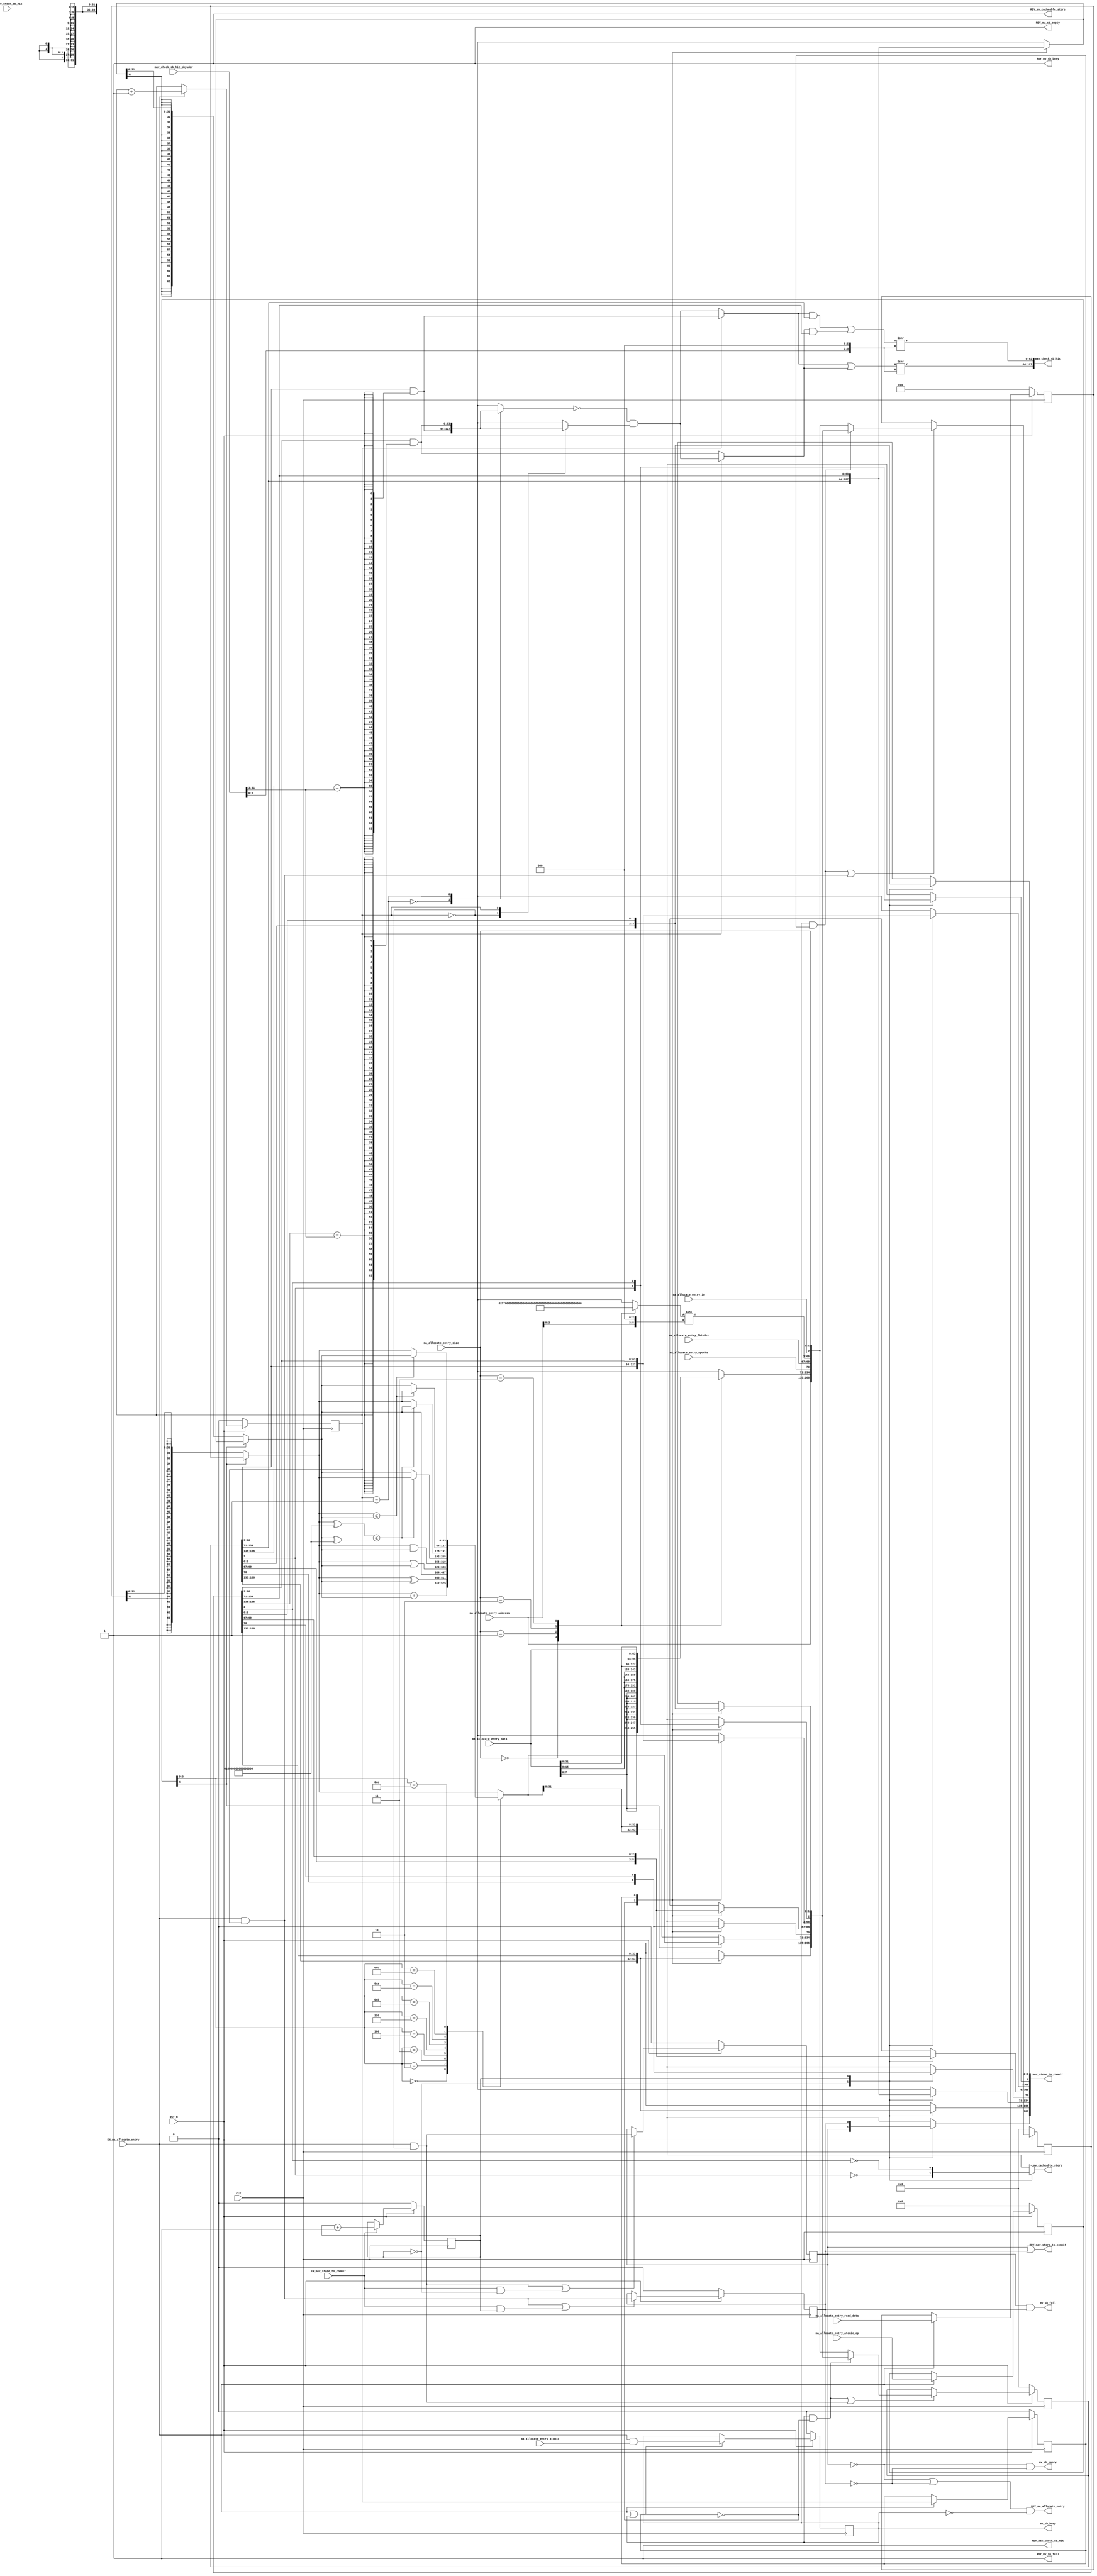
//
// Generated by Bluespec Compiler, version 2022.01-5-ge3edf4b1 (build e3edf4b1)
//
// On Fri Apr 15 12:47:25 EDT 2022
//
//
// Ports:
// Name                         I/O  size props
// mav_check_sb_hit               O   128
// RDY_mav_check_sb_hit           O     1 const
// RDY_ma_allocate_entry          O     1
// mav_store_to_commit            O   168
// RDY_mav_store_to_commit        O     1
// mv_sb_full                     O     1
// RDY_mv_sb_full                 O     1 const
// mv_sb_empty                    O     1
// RDY_mv_sb_empty                O     1 const
// mv_cacheable_store             O     1
// RDY_mv_cacheable_store         O     1 const
// mv_sb_busy                     O     1 reg
// RDY_mv_sb_busy                 O     1 const
// CLK                            I     1 clock
// RST_N                          I     1 reset
// mav_check_sb_hit_phyaddr       I    32
// ma_allocate_entry_address      I    32
// ma_allocate_entry_data         I    64
// ma_allocate_entry_epochs       I     1
// ma_allocate_entry_fbindex      I     3
// ma_allocate_entry_size         I     2
// ma_allocate_entry_io           I     1
// ma_allocate_entry_atomic       I     1
// ma_allocate_entry_read_data    I    64 reg
// ma_allocate_entry_atomic_op    I     5 reg
// EN_ma_allocate_entry           I     1
// EN_mav_check_sb_hit            I     1 unused
// EN_mav_store_to_commit         I     1
//
// Combinational paths from inputs to outputs:
//   mav_check_sb_hit_phyaddr -> mav_check_sb_hit
//
//

`ifdef BSV_ASSIGNMENT_DELAY
`else
  `define BSV_ASSIGNMENT_DELAY
`endif

`ifdef BSV_POSITIVE_RESET
  `define BSV_RESET_VALUE 1'b1
  `define BSV_RESET_EDGE posedge
`else
  `define BSV_RESET_VALUE 1'b0
  `define BSV_RESET_EDGE negedge
`endif

module mkstorebuffer(CLK,
		     RST_N,

		     mav_check_sb_hit_phyaddr,
		     EN_mav_check_sb_hit,
		     mav_check_sb_hit,
		     RDY_mav_check_sb_hit,

		     ma_allocate_entry_address,
		     ma_allocate_entry_data,
		     ma_allocate_entry_epochs,
		     ma_allocate_entry_fbindex,
		     ma_allocate_entry_size,
		     ma_allocate_entry_io,
		     ma_allocate_entry_atomic,
		     ma_allocate_entry_read_data,
		     ma_allocate_entry_atomic_op,
		     EN_ma_allocate_entry,
		     RDY_ma_allocate_entry,

		     EN_mav_store_to_commit,
		     mav_store_to_commit,
		     RDY_mav_store_to_commit,

		     mv_sb_full,
		     RDY_mv_sb_full,

		     mv_sb_empty,
		     RDY_mv_sb_empty,

		     mv_cacheable_store,
		     RDY_mv_cacheable_store,

		     mv_sb_busy,
		     RDY_mv_sb_busy);
  parameter [31 : 0] id = 32'b0;
  input  CLK;
  input  RST_N;

  // actionvalue method mav_check_sb_hit
  input  [31 : 0] mav_check_sb_hit_phyaddr;
  input  EN_mav_check_sb_hit;
  output [127 : 0] mav_check_sb_hit;
  output RDY_mav_check_sb_hit;

  // action method ma_allocate_entry
  input  [31 : 0] ma_allocate_entry_address;
  input  [63 : 0] ma_allocate_entry_data;
  input  ma_allocate_entry_epochs;
  input  [2 : 0] ma_allocate_entry_fbindex;
  input  [1 : 0] ma_allocate_entry_size;
  input  ma_allocate_entry_io;
  input  ma_allocate_entry_atomic;
  input  [63 : 0] ma_allocate_entry_read_data;
  input  [4 : 0] ma_allocate_entry_atomic_op;
  input  EN_ma_allocate_entry;
  output RDY_ma_allocate_entry;

  // actionvalue method mav_store_to_commit
  input  EN_mav_store_to_commit;
  output [167 : 0] mav_store_to_commit;
  output RDY_mav_store_to_commit;

  // value method mv_sb_full
  output mv_sb_full;
  output RDY_mv_sb_full;

  // value method mv_sb_empty
  output mv_sb_empty;
  output RDY_mv_sb_empty;

  // value method mv_cacheable_store
  output mv_cacheable_store;
  output RDY_mv_cacheable_store;

  // value method mv_sb_busy
  output mv_sb_busy;
  output RDY_mv_sb_busy;

  // signals for module outputs
  reg mv_cacheable_store;
  wire [167 : 0] mav_store_to_commit;
  wire [127 : 0] mav_check_sb_hit;
  wire RDY_ma_allocate_entry,
       RDY_mav_check_sb_hit,
       RDY_mav_store_to_commit,
       RDY_mv_cacheable_store,
       RDY_mv_sb_busy,
       RDY_mv_sb_empty,
       RDY_mv_sb_full,
       mv_sb_busy,
       mv_sb_empty,
       mv_sb_full;

  // register rg_atomic_op
  reg [4 : 0] rg_atomic_op;
  wire [4 : 0] rg_atomic_op_D_IN;
  wire rg_atomic_op_EN;

  // register rg_atomic_readword
  reg [63 : 0] rg_atomic_readword;
  wire [63 : 0] rg_atomic_readword_D_IN;
  wire rg_atomic_readword_EN;

  // register rg_atomic_tail
  reg rg_atomic_tail;
  wire rg_atomic_tail_D_IN, rg_atomic_tail_EN;

  // register rg_head
  reg rg_head;
  wire rg_head_D_IN, rg_head_EN;

  // register rg_sb_busy
  reg rg_sb_busy;
  wire rg_sb_busy_D_IN, rg_sb_busy_EN;

  // register rg_tail
  reg rg_tail;
  wire rg_tail_D_IN, rg_tail_EN;

  // register v_sb_meta_0
  reg [166 : 0] v_sb_meta_0;
  wire [166 : 0] v_sb_meta_0_D_IN;
  wire v_sb_meta_0_EN;

  // register v_sb_meta_1
  reg [166 : 0] v_sb_meta_1;
  wire [166 : 0] v_sb_meta_1_D_IN;
  wire v_sb_meta_1_EN;

  // register v_sb_valid_0
  reg v_sb_valid_0;
  wire v_sb_valid_0_D_IN, v_sb_valid_0_EN;

  // register v_sb_valid_1
  reg v_sb_valid_1;
  wire v_sb_valid_1_D_IN, v_sb_valid_1_EN;

  // rule scheduling signals
  wire CAN_FIRE_RL_rl_perform_atomic,
       CAN_FIRE_RL_rl_print_stats,
       CAN_FIRE_ma_allocate_entry,
       CAN_FIRE_mav_check_sb_hit,
       CAN_FIRE_mav_store_to_commit,
       WILL_FIRE_RL_rl_perform_atomic,
       WILL_FIRE_RL_rl_print_stats,
       WILL_FIRE_ma_allocate_entry,
       WILL_FIRE_mav_check_sb_hit,
       WILL_FIRE_mav_store_to_commit;

  // inputs to muxes for submodule ports
  wire [166 : 0] MUX_v_sb_meta_0_write_1__VAL_1,
		 MUX_v_sb_meta_0_write_1__VAL_2;
  wire MUX_v_sb_meta_0_write_1__SEL_1,
       MUX_v_sb_meta_0_write_1__SEL_2,
       MUX_v_sb_meta_1_write_1__SEL_1,
       MUX_v_sb_meta_1_write_1__SEL_2;

  // declarations used by system tasks
  // synopsys translate_off
  reg TASK_testplusargs___d99;
  reg TASK_testplusargs___d100;
  reg TASK_testplusargs___d101;
  reg [63 : 0] v__h2288;
  reg TASK_testplusargs___d108;
  reg TASK_testplusargs___d109;
  reg TASK_testplusargs___d110;
  reg [63 : 0] v__h2477;
  reg TASK_testplusargs___d1;
  reg TASK_testplusargs___d2;
  reg TASK_testplusargs___d3;
  reg [63 : 0] v__h591;
  reg TASK_testplusargs___d246;
  reg TASK_testplusargs___d247;
  reg TASK_testplusargs___d248;
  reg [63 : 0] v__h21249;
  reg TASK_testplusargs___d232;
  reg TASK_testplusargs___d233;
  reg TASK_testplusargs___d234;
  reg [63 : 0] v__h20870;
  reg TASK_testplusargs___d93;
  reg TASK_testplusargs___d94;
  reg TASK_testplusargs___d95;
  reg [63 : 0] v__h2115;
  reg TASK_testplusargs_9_OR_TASK_testplusargs_00_AN_ETC___d105;
  reg TASK_testplusargs_9_OR_TASK_testplusargs_00_AN_ETC___d107;
  reg TASK_testplusargs_08_OR_TASK_testplusargs_09_A_ETC___d114;
  reg TASK_testplusargs_08_OR_TASK_testplusargs_09_A_ETC___d116;
  reg TASK_testplusargs_32_OR_TASK_testplusargs_33_A_ETC___d238;
  reg TASK_testplusargs_32_OR_TASK_testplusargs_33_A_ETC___d240;
  reg TASK_testplusargs_46_OR_TASK_testplusargs_47_A_ETC___d254;
  reg TASK_testplusargs_46_OR_TASK_testplusargs_47_A_ETC___d262;
  // synopsys translate_on

  // remaining internal signals
  reg [63 : 0] IF_rg_atomic_op_4_BITS_3_TO_0_6_EQ_0b11_7_THEN_ETC___d65,
	       rs2__h1582,
	       temp__h18600,
	       x__h1997,
	       x__h20760,
	       x__h21391,
	       x__h21394,
	       x__h2774,
	       y__h2773;
  reg [31 : 0] SEL_ARR_v_sb_meta_0_8_BITS_166_TO_135_9_v_sb_m_ETC___d255,
	       _s_addr__h1232;
  reg [2 : 0] SEL_ARR_v_sb_meta_0_8_BITS_69_TO_67_3_v_sb_met_ETC___d258,
	      _s_fbindex__h1234;
  reg [1 : 0] SEL_ARR_v_sb_meta_0_8_BITS_1_TO_0_5_v_sb_meta__ETC___d260,
	      _s_size__h1237;
  reg CASE_rg_atomic_tail_0_v_sb_meta_0_BIT_2_1_v_sb_ETC__q3,
      CASE_rg_head_0_v_sb_meta_0_BIT_2_1_v_sb_meta_1_ETC__q4,
      CASE_rg_head_0_v_sb_valid_0_1_v_sb_valid_1_DON_ETC__q5,
      SEL_ARR_NOT_v_sb_meta_0_8_BIT_2_1_06_NOT_v_sb__ETC___d253,
      SEL_ARR_v_sb_meta_0_8_BIT_70_9_v_sb_meta_1_0_B_ETC___d257,
      _s_epoch__h1233;
  wire [69 : 0] SEL_ARR_v_sb_meta_0_8_BITS_69_TO_67_3_v_sb_met_ETC___d267;
  wire [66 : 0] SEL_ARR_v_sb_meta_0_8_BITS_66_TO_3_7_v_sb_meta_ETC___d89;
  wire [63 : 0] _theResult____h1094,
		n__h2624,
		op1___1__h1644,
		op1__h1585,
		op2___1__h1645,
		op2__h1586,
		v_sb_meta_0_8_BITS_66_TO_3_7_AND_v_sb_meta_0_8_ETC___d152,
		v_sb_meta_1_0_BITS_66_TO_3_8_AND_v_sb_meta_1_0_ETC___d187,
		x__h18222,
		x__h18286,
		x__h18287,
		x__h18481,
		x__h20686,
		x__h2182,
		x__h2615,
		x__h2772,
		y__h18223,
		y__h18482;
  wire [31 : 0] rg_atomic_readword_BITS_31_TO_0__q1, rs2582_BITS_31_TO_0__q2;
  wire [5 : 0] shiftamt__h18599, shiftamt__h2192;
  wire IF_rg_atomic_op_4_BIT_4_5_THEN_rg_atomic_readw_ETC___d48,
       IF_rg_atomic_op_4_BIT_4_5_THEN_rg_atomic_readw_ETC___d53,
       v_sb_meta_0_8_BITS_166_TO_138_17_EQ_mav_check__ETC___d119,
       v_sb_meta_1_0_BITS_166_TO_138_53_EQ_mav_check__ETC___d154,
       x__h2776;

  // actionvalue method mav_check_sb_hit
  assign mav_check_sb_hit = { x__h2182, x__h18286 } ;
  assign RDY_mav_check_sb_hit = 1'd1 ;
  assign CAN_FIRE_mav_check_sb_hit = 1'd1 ;
  assign WILL_FIRE_mav_check_sb_hit = EN_mav_check_sb_hit ;

  // action method ma_allocate_entry
  assign RDY_ma_allocate_entry =
	     (!v_sb_valid_0 || !v_sb_valid_1) && !rg_sb_busy ;
  assign CAN_FIRE_ma_allocate_entry =
	     (!v_sb_valid_0 || !v_sb_valid_1) && !rg_sb_busy ;
  assign WILL_FIRE_ma_allocate_entry = EN_ma_allocate_entry ;

  // actionvalue method mav_store_to_commit
  assign mav_store_to_commit =
	     { CASE_rg_head_0_v_sb_valid_0_1_v_sb_valid_1_DON_ETC__q5,
	       SEL_ARR_v_sb_meta_0_8_BITS_166_TO_135_9_v_sb_m_ETC___d255,
	       x__h21391,
	       SEL_ARR_v_sb_meta_0_8_BIT_70_9_v_sb_meta_1_0_B_ETC___d257,
	       SEL_ARR_v_sb_meta_0_8_BITS_69_TO_67_3_v_sb_met_ETC___d267 } ;
  assign RDY_mav_store_to_commit = v_sb_valid_0 || v_sb_valid_1 ;
  assign CAN_FIRE_mav_store_to_commit = v_sb_valid_0 || v_sb_valid_1 ;
  assign WILL_FIRE_mav_store_to_commit = EN_mav_store_to_commit ;

  // value method mv_sb_full
  assign mv_sb_full = v_sb_valid_0 && v_sb_valid_1 ;
  assign RDY_mv_sb_full = 1'd1 ;

  // value method mv_sb_empty
  assign mv_sb_empty = !v_sb_valid_0 && !v_sb_valid_1 ;
  assign RDY_mv_sb_empty = 1'd1 ;

  // value method mv_cacheable_store
  always@(rg_head or v_sb_meta_0 or v_sb_meta_1)
  begin
    case (rg_head)
      1'd0: mv_cacheable_store = !v_sb_meta_0[2];
      1'd1: mv_cacheable_store = !v_sb_meta_1[2];
    endcase
  end
  assign RDY_mv_cacheable_store = 1'd1 ;

  // value method mv_sb_busy
  assign mv_sb_busy = rg_sb_busy ;
  assign RDY_mv_sb_busy = 1'd1 ;

  // rule RL_rl_print_stats
  assign CAN_FIRE_RL_rl_print_stats = 1'd1 ;
  assign WILL_FIRE_RL_rl_print_stats = 1'd1 ;

  // rule RL_rl_perform_atomic
  assign CAN_FIRE_RL_rl_perform_atomic = rg_sb_busy ;
  assign WILL_FIRE_RL_rl_perform_atomic = rg_sb_busy ;

  // inputs to muxes for submodule ports
  assign MUX_v_sb_meta_0_write_1__SEL_1 =
	     rg_sb_busy && rg_atomic_tail == 1'd0 ;
  assign MUX_v_sb_meta_0_write_1__SEL_2 =
	     EN_ma_allocate_entry && rg_tail == 1'd0 ;
  assign MUX_v_sb_meta_1_write_1__SEL_1 =
	     rg_sb_busy && rg_atomic_tail == 1'd1 ;
  assign MUX_v_sb_meta_1_write_1__SEL_2 =
	     EN_ma_allocate_entry && rg_tail == 1'd1 ;
  assign MUX_v_sb_meta_0_write_1__VAL_1 =
	     { _s_addr__h1232,
	       _theResult____h1094,
	       _s_epoch__h1233,
	       _s_fbindex__h1234,
	       SEL_ARR_v_sb_meta_0_8_BITS_66_TO_3_7_v_sb_meta_ETC___d89 } ;
  assign MUX_v_sb_meta_0_write_1__VAL_2 =
	     { ma_allocate_entry_address,
	       x__h20760,
	       ma_allocate_entry_epochs,
	       ma_allocate_entry_fbindex,
	       x__h20686,
	       ma_allocate_entry_io,
	       ma_allocate_entry_size } ;

  // register rg_atomic_op
  assign rg_atomic_op_D_IN = ma_allocate_entry_atomic_op ;
  assign rg_atomic_op_EN = EN_ma_allocate_entry ;

  // register rg_atomic_readword
  assign rg_atomic_readword_D_IN = ma_allocate_entry_read_data ;
  assign rg_atomic_readword_EN = EN_ma_allocate_entry ;

  // register rg_atomic_tail
  assign rg_atomic_tail_D_IN = rg_tail ;
  assign rg_atomic_tail_EN = EN_ma_allocate_entry ;

  // register rg_head
  assign rg_head_D_IN = rg_head + 1'd1 ;
  assign rg_head_EN = EN_mav_store_to_commit ;

  // register rg_sb_busy
  assign rg_sb_busy_D_IN = EN_ma_allocate_entry && ma_allocate_entry_atomic ;
  assign rg_sb_busy_EN = EN_ma_allocate_entry || rg_sb_busy ;

  // register rg_tail
  assign rg_tail_D_IN = rg_tail + 1'd1 ;
  assign rg_tail_EN = EN_ma_allocate_entry ;

  // register v_sb_meta_0
  assign v_sb_meta_0_D_IN =
	     MUX_v_sb_meta_0_write_1__SEL_1 ?
	       MUX_v_sb_meta_0_write_1__VAL_1 :
	       MUX_v_sb_meta_0_write_1__VAL_2 ;
  assign v_sb_meta_0_EN =
	     rg_sb_busy && rg_atomic_tail == 1'd0 ||
	     EN_ma_allocate_entry && rg_tail == 1'd0 ;

  // register v_sb_meta_1
  assign v_sb_meta_1_D_IN =
	     MUX_v_sb_meta_1_write_1__SEL_1 ?
	       MUX_v_sb_meta_0_write_1__VAL_1 :
	       MUX_v_sb_meta_0_write_1__VAL_2 ;
  assign v_sb_meta_1_EN =
	     rg_sb_busy && rg_atomic_tail == 1'd1 ||
	     EN_ma_allocate_entry && rg_tail == 1'd1 ;

  // register v_sb_valid_0
  assign v_sb_valid_0_D_IN = MUX_v_sb_meta_0_write_1__SEL_2 ;
  assign v_sb_valid_0_EN =
	     EN_ma_allocate_entry && rg_tail == 1'd0 ||
	     EN_mav_store_to_commit && rg_head == 1'd0 ;

  // register v_sb_valid_1
  assign v_sb_valid_1_D_IN = MUX_v_sb_meta_1_write_1__SEL_2 ;
  assign v_sb_valid_1_EN =
	     EN_ma_allocate_entry && rg_tail == 1'd1 ||
	     EN_mav_store_to_commit && rg_head == 1'd1 ;

  // remaining internal signals
  assign IF_rg_atomic_op_4_BIT_4_5_THEN_rg_atomic_readw_ETC___d48 =
	     op1__h1585 <= op2__h1586 ;
  assign IF_rg_atomic_op_4_BIT_4_5_THEN_rg_atomic_readw_ETC___d53 =
	     (op1__h1585 ^ 64'h8000000000000000) <=
	     (op2__h1586 ^ 64'h8000000000000000) ;
  assign SEL_ARR_v_sb_meta_0_8_BITS_66_TO_3_7_v_sb_meta_ETC___d89 =
	     { x__h1997,
	       CASE_rg_atomic_tail_0_v_sb_meta_0_BIT_2_1_v_sb_ETC__q3,
	       _s_size__h1237 } ;
  assign SEL_ARR_v_sb_meta_0_8_BITS_69_TO_67_3_v_sb_met_ETC___d267 =
	     { SEL_ARR_v_sb_meta_0_8_BITS_69_TO_67_3_v_sb_met_ETC___d258,
	       x__h21394,
	       CASE_rg_head_0_v_sb_meta_0_BIT_2_1_v_sb_meta_1_ETC__q4,
	       SEL_ARR_v_sb_meta_0_8_BITS_1_TO_0_5_v_sb_meta__ETC___d260 } ;
  assign _theResult____h1094 =
	     rg_atomic_op[4] ?
	       IF_rg_atomic_op_4_BITS_3_TO_0_6_EQ_0b11_7_THEN_ETC___d65 :
	       {2{IF_rg_atomic_op_4_BITS_3_TO_0_6_EQ_0b11_7_THEN_ETC___d65[31:0]}} ;
  assign n__h2624 = x__h2772 & y__h2773 ;
  assign op1___1__h1644 =
	     { {32{rg_atomic_readword_BITS_31_TO_0__q1[31]}},
	       rg_atomic_readword_BITS_31_TO_0__q1 } ;
  assign op1__h1585 = rg_atomic_op[4] ? rg_atomic_readword : op1___1__h1644 ;
  assign op2___1__h1645 =
	     { {32{rs2582_BITS_31_TO_0__q2[31]}}, rs2582_BITS_31_TO_0__q2 } ;
  assign op2__h1586 = rg_atomic_op[4] ? rs2__h1582 : op2___1__h1645 ;
  assign rg_atomic_readword_BITS_31_TO_0__q1 = rg_atomic_readword[31:0] ;
  assign rs2582_BITS_31_TO_0__q2 = rs2__h1582[31:0] ;
  assign shiftamt__h18599 = { ma_allocate_entry_address[2:0], 3'd0 } ;
  assign shiftamt__h2192 = { mav_check_sb_hit_phyaddr[2:0], 3'd0 } ;
  assign v_sb_meta_0_8_BITS_166_TO_138_17_EQ_mav_check__ETC___d119 =
	     v_sb_meta_0[166:138] == mav_check_sb_hit_phyaddr[31:3] ;
  assign v_sb_meta_0_8_BITS_66_TO_3_7_AND_v_sb_meta_0_8_ETC___d152 =
	     v_sb_meta_0[66:3] &
	     {64{v_sb_meta_0_8_BITS_166_TO_138_17_EQ_mav_check__ETC___d119}} ;
  assign v_sb_meta_1_0_BITS_166_TO_138_53_EQ_mav_check__ETC___d154 =
	     v_sb_meta_1[166:138] == mav_check_sb_hit_phyaddr[31:3] ;
  assign v_sb_meta_1_0_BITS_66_TO_3_8_AND_v_sb_meta_1_0_ETC___d187 =
	     v_sb_meta_1[66:3] &
	     {64{v_sb_meta_1_0_BITS_166_TO_138_53_EQ_mav_check__ETC___d154}} ;
  assign x__h18222 =
	     rg_tail ?
	       v_sb_meta_0_8_BITS_66_TO_3_7_AND_v_sb_meta_0_8_ETC___d152 :
	       n__h2624 ;
  assign x__h18286 = x__h18287 >> shiftamt__h2192 ;
  assign x__h18287 = x__h18481 | y__h18482 ;
  assign x__h18481 = x__h18222 & v_sb_meta_0[134:71] ;
  assign x__h20686 = temp__h18600 << shiftamt__h18599 ;
  assign x__h2182 = x__h2615 >> shiftamt__h2192 ;
  assign x__h2615 = x__h18222 | y__h18223 ;
  assign x__h2772 = ~x__h2774 ;
  assign x__h2776 = rg_tail - 1'd1 ;
  assign y__h18223 =
	     rg_tail ?
	       n__h2624 :
	       v_sb_meta_1_0_BITS_66_TO_3_8_AND_v_sb_meta_1_0_ETC___d187 ;
  assign y__h18482 = y__h18223 & v_sb_meta_1[134:71] ;
  always@(ma_allocate_entry_size or ma_allocate_entry_data)
  begin
    case (ma_allocate_entry_size)
      2'd0: x__h20760 = {8{ma_allocate_entry_data[7:0]}};
      2'd1: x__h20760 = {4{ma_allocate_entry_data[15:0]}};
      2'd2: x__h20760 = {2{ma_allocate_entry_data[31:0]}};
      2'd3: x__h20760 = ma_allocate_entry_data;
    endcase
  end
  always@(rg_head or v_sb_meta_0 or v_sb_meta_1)
  begin
    case (rg_head)
      1'd0: x__h21391 = v_sb_meta_0[134:71];
      1'd1: x__h21391 = v_sb_meta_1[134:71];
    endcase
  end
  always@(rg_head or v_sb_meta_0 or v_sb_meta_1)
  begin
    case (rg_head)
      1'd0: x__h21394 = v_sb_meta_0[66:3];
      1'd1: x__h21394 = v_sb_meta_1[66:3];
    endcase
  end
  always@(rg_atomic_tail or v_sb_meta_0 or v_sb_meta_1)
  begin
    case (rg_atomic_tail)
      1'd0: _s_addr__h1232 = v_sb_meta_0[166:135];
      1'd1: _s_addr__h1232 = v_sb_meta_1[166:135];
    endcase
  end
  always@(rg_atomic_tail or v_sb_meta_0 or v_sb_meta_1)
  begin
    case (rg_atomic_tail)
      1'd0: _s_epoch__h1233 = v_sb_meta_0[70];
      1'd1: _s_epoch__h1233 = v_sb_meta_1[70];
    endcase
  end
  always@(rg_atomic_tail or v_sb_meta_0 or v_sb_meta_1)
  begin
    case (rg_atomic_tail)
      1'd0: _s_fbindex__h1234 = v_sb_meta_0[69:67];
      1'd1: _s_fbindex__h1234 = v_sb_meta_1[69:67];
    endcase
  end
  always@(rg_atomic_tail or v_sb_meta_0 or v_sb_meta_1)
  begin
    case (rg_atomic_tail)
      1'd0: x__h1997 = v_sb_meta_0[66:3];
      1'd1: x__h1997 = v_sb_meta_1[66:3];
    endcase
  end
  always@(rg_atomic_tail or v_sb_meta_0 or v_sb_meta_1)
  begin
    case (rg_atomic_tail)
      1'd0: _s_size__h1237 = v_sb_meta_0[1:0];
      1'd1: _s_size__h1237 = v_sb_meta_1[1:0];
    endcase
  end
  always@(ma_allocate_entry_size)
  begin
    case (ma_allocate_entry_size)
      2'd0: temp__h18600 = 64'h00000000000000FF;
      2'd1: temp__h18600 = 64'h000000000000FFFF;
      2'd2: temp__h18600 = 64'h00000000FFFFFFFF;
      2'd3: temp__h18600 = 64'hFFFFFFFFFFFFFFFF;
    endcase
  end
  always@(rg_atomic_tail or v_sb_meta_0 or v_sb_meta_1)
  begin
    case (rg_atomic_tail)
      1'd0: rs2__h1582 = v_sb_meta_0[134:71];
      1'd1: rs2__h1582 = v_sb_meta_1[134:71];
    endcase
  end
  always@(rg_atomic_op or
	  op1__h1585 or
	  op2__h1586 or
	  IF_rg_atomic_op_4_BIT_4_5_THEN_rg_atomic_readw_ETC___d53 or
	  IF_rg_atomic_op_4_BIT_4_5_THEN_rg_atomic_readw_ETC___d48)
  begin
    case (rg_atomic_op[3:0])
      4'b0:
	  IF_rg_atomic_op_4_BITS_3_TO_0_6_EQ_0b11_7_THEN_ETC___d65 =
	      op1__h1585 + op2__h1586;
      4'b0010:
	  IF_rg_atomic_op_4_BITS_3_TO_0_6_EQ_0b11_7_THEN_ETC___d65 =
	      op1__h1585 ^ op2__h1586;
      4'b0011:
	  IF_rg_atomic_op_4_BITS_3_TO_0_6_EQ_0b11_7_THEN_ETC___d65 =
	      op2__h1586;
      4'b0100:
	  IF_rg_atomic_op_4_BITS_3_TO_0_6_EQ_0b11_7_THEN_ETC___d65 =
	      op1__h1585 | op2__h1586;
      4'b0110:
	  IF_rg_atomic_op_4_BITS_3_TO_0_6_EQ_0b11_7_THEN_ETC___d65 =
	      op1__h1585 & op2__h1586;
      4'b1000:
	  IF_rg_atomic_op_4_BITS_3_TO_0_6_EQ_0b11_7_THEN_ETC___d65 =
	      IF_rg_atomic_op_4_BIT_4_5_THEN_rg_atomic_readw_ETC___d53 ?
		op1__h1585 :
		op2__h1586;
      4'b1010:
	  IF_rg_atomic_op_4_BITS_3_TO_0_6_EQ_0b11_7_THEN_ETC___d65 =
	      IF_rg_atomic_op_4_BIT_4_5_THEN_rg_atomic_readw_ETC___d53 ?
		op2__h1586 :
		op1__h1585;
      4'b1100:
	  IF_rg_atomic_op_4_BITS_3_TO_0_6_EQ_0b11_7_THEN_ETC___d65 =
	      IF_rg_atomic_op_4_BIT_4_5_THEN_rg_atomic_readw_ETC___d48 ?
		op1__h1585 :
		op2__h1586;
      4'b1110:
	  IF_rg_atomic_op_4_BITS_3_TO_0_6_EQ_0b11_7_THEN_ETC___d65 =
	      IF_rg_atomic_op_4_BIT_4_5_THEN_rg_atomic_readw_ETC___d48 ?
		op2__h1586 :
		op1__h1585;
      default: IF_rg_atomic_op_4_BITS_3_TO_0_6_EQ_0b11_7_THEN_ETC___d65 =
		   op1__h1585;
    endcase
  end
  always@(rg_tail or
	  v_sb_meta_0_8_BITS_66_TO_3_7_AND_v_sb_meta_0_8_ETC___d152 or
	  v_sb_meta_1_0_BITS_66_TO_3_8_AND_v_sb_meta_1_0_ETC___d187)
  begin
    case (rg_tail)
      1'd0:
	  y__h2773 =
	      v_sb_meta_0_8_BITS_66_TO_3_7_AND_v_sb_meta_0_8_ETC___d152;
      1'd1:
	  y__h2773 =
	      v_sb_meta_1_0_BITS_66_TO_3_8_AND_v_sb_meta_1_0_ETC___d187;
    endcase
  end
  always@(x__h2776 or
	  v_sb_meta_0_8_BITS_66_TO_3_7_AND_v_sb_meta_0_8_ETC___d152 or
	  v_sb_meta_1_0_BITS_66_TO_3_8_AND_v_sb_meta_1_0_ETC___d187)
  begin
    case (x__h2776)
      1'd0:
	  x__h2774 =
	      v_sb_meta_0_8_BITS_66_TO_3_7_AND_v_sb_meta_0_8_ETC___d152;
      1'd1:
	  x__h2774 =
	      v_sb_meta_1_0_BITS_66_TO_3_8_AND_v_sb_meta_1_0_ETC___d187;
    endcase
  end
  always@(rg_head or v_sb_meta_0 or v_sb_meta_1)
  begin
    case (rg_head)
      1'd0:
	  SEL_ARR_NOT_v_sb_meta_0_8_BIT_2_1_06_NOT_v_sb__ETC___d253 =
	      !v_sb_meta_0[2];
      1'd1:
	  SEL_ARR_NOT_v_sb_meta_0_8_BIT_2_1_06_NOT_v_sb__ETC___d253 =
	      !v_sb_meta_1[2];
    endcase
  end
  always@(rg_head or v_sb_meta_0 or v_sb_meta_1)
  begin
    case (rg_head)
      1'd0:
	  SEL_ARR_v_sb_meta_0_8_BITS_166_TO_135_9_v_sb_m_ETC___d255 =
	      v_sb_meta_0[166:135];
      1'd1:
	  SEL_ARR_v_sb_meta_0_8_BITS_166_TO_135_9_v_sb_m_ETC___d255 =
	      v_sb_meta_1[166:135];
    endcase
  end
  always@(rg_head or v_sb_meta_0 or v_sb_meta_1)
  begin
    case (rg_head)
      1'd0:
	  SEL_ARR_v_sb_meta_0_8_BIT_70_9_v_sb_meta_1_0_B_ETC___d257 =
	      v_sb_meta_0[70];
      1'd1:
	  SEL_ARR_v_sb_meta_0_8_BIT_70_9_v_sb_meta_1_0_B_ETC___d257 =
	      v_sb_meta_1[70];
    endcase
  end
  always@(rg_head or v_sb_meta_0 or v_sb_meta_1)
  begin
    case (rg_head)
      1'd0:
	  SEL_ARR_v_sb_meta_0_8_BITS_69_TO_67_3_v_sb_met_ETC___d258 =
	      v_sb_meta_0[69:67];
      1'd1:
	  SEL_ARR_v_sb_meta_0_8_BITS_69_TO_67_3_v_sb_met_ETC___d258 =
	      v_sb_meta_1[69:67];
    endcase
  end
  always@(rg_head or v_sb_meta_0 or v_sb_meta_1)
  begin
    case (rg_head)
      1'd0:
	  SEL_ARR_v_sb_meta_0_8_BITS_1_TO_0_5_v_sb_meta__ETC___d260 =
	      v_sb_meta_0[1:0];
      1'd1:
	  SEL_ARR_v_sb_meta_0_8_BITS_1_TO_0_5_v_sb_meta__ETC___d260 =
	      v_sb_meta_1[1:0];
    endcase
  end
  always@(rg_atomic_tail or v_sb_meta_0 or v_sb_meta_1)
  begin
    case (rg_atomic_tail)
      1'd0:
	  CASE_rg_atomic_tail_0_v_sb_meta_0_BIT_2_1_v_sb_ETC__q3 =
	      v_sb_meta_0[2];
      1'd1:
	  CASE_rg_atomic_tail_0_v_sb_meta_0_BIT_2_1_v_sb_ETC__q3 =
	      v_sb_meta_1[2];
    endcase
  end
  always@(rg_head or v_sb_meta_0 or v_sb_meta_1)
  begin
    case (rg_head)
      1'd0:
	  CASE_rg_head_0_v_sb_meta_0_BIT_2_1_v_sb_meta_1_ETC__q4 =
	      v_sb_meta_0[2];
      1'd1:
	  CASE_rg_head_0_v_sb_meta_0_BIT_2_1_v_sb_meta_1_ETC__q4 =
	      v_sb_meta_1[2];
    endcase
  end
  always@(rg_head or v_sb_valid_0 or v_sb_valid_1)
  begin
    case (rg_head)
      1'd0:
	  CASE_rg_head_0_v_sb_valid_0_1_v_sb_valid_1_DON_ETC__q5 =
	      v_sb_valid_0;
      1'd1:
	  CASE_rg_head_0_v_sb_valid_0_1_v_sb_valid_1_DON_ETC__q5 =
	      v_sb_valid_1;
    endcase
  end

  // handling of inlined registers

  always@(posedge CLK)
  begin
    if (RST_N == `BSV_RESET_VALUE)
      begin
        rg_atomic_op <= `BSV_ASSIGNMENT_DELAY 5'd0;
	rg_atomic_readword <= `BSV_ASSIGNMENT_DELAY 64'd0;
	rg_atomic_tail <= `BSV_ASSIGNMENT_DELAY 1'd0;
	rg_head <= `BSV_ASSIGNMENT_DELAY 1'd0;
	rg_sb_busy <= `BSV_ASSIGNMENT_DELAY 1'd0;
	rg_tail <= `BSV_ASSIGNMENT_DELAY 1'd0;
	v_sb_meta_0 <= `BSV_ASSIGNMENT_DELAY 167'd0;
	v_sb_meta_1 <= `BSV_ASSIGNMENT_DELAY 167'd0;
	v_sb_valid_0 <= `BSV_ASSIGNMENT_DELAY 1'd0;
	v_sb_valid_1 <= `BSV_ASSIGNMENT_DELAY 1'd0;
      end
    else
      begin
        if (rg_atomic_op_EN)
	  rg_atomic_op <= `BSV_ASSIGNMENT_DELAY rg_atomic_op_D_IN;
	if (rg_atomic_readword_EN)
	  rg_atomic_readword <= `BSV_ASSIGNMENT_DELAY rg_atomic_readword_D_IN;
	if (rg_atomic_tail_EN)
	  rg_atomic_tail <= `BSV_ASSIGNMENT_DELAY rg_atomic_tail_D_IN;
	if (rg_head_EN) rg_head <= `BSV_ASSIGNMENT_DELAY rg_head_D_IN;
	if (rg_sb_busy_EN)
	  rg_sb_busy <= `BSV_ASSIGNMENT_DELAY rg_sb_busy_D_IN;
	if (rg_tail_EN) rg_tail <= `BSV_ASSIGNMENT_DELAY rg_tail_D_IN;
	if (v_sb_meta_0_EN)
	  v_sb_meta_0 <= `BSV_ASSIGNMENT_DELAY v_sb_meta_0_D_IN;
	if (v_sb_meta_1_EN)
	  v_sb_meta_1 <= `BSV_ASSIGNMENT_DELAY v_sb_meta_1_D_IN;
	if (v_sb_valid_0_EN)
	  v_sb_valid_0 <= `BSV_ASSIGNMENT_DELAY v_sb_valid_0_D_IN;
	if (v_sb_valid_1_EN)
	  v_sb_valid_1 <= `BSV_ASSIGNMENT_DELAY v_sb_valid_1_D_IN;
      end
  end

  // synopsys translate_off
  `ifdef BSV_NO_INITIAL_BLOCKS
  `else // not BSV_NO_INITIAL_BLOCKS
  initial
  begin
    rg_atomic_op = 5'h0A;
    rg_atomic_readword = 64'hAAAAAAAAAAAAAAAA;
    rg_atomic_tail = 1'h0;
    rg_head = 1'h0;
    rg_sb_busy = 1'h0;
    rg_tail = 1'h0;
    v_sb_meta_0 = 167'h2AAAAAAAAAAAAAAAAAAAAAAAAAAAAAAAAAAAAAAAAA;
    v_sb_meta_1 = 167'h2AAAAAAAAAAAAAAAAAAAAAAAAAAAAAAAAAAAAAAAAA;
    v_sb_valid_0 = 1'h0;
    v_sb_valid_1 = 1'h0;
  end
  `endif // BSV_NO_INITIAL_BLOCKS
  // synopsys translate_on

  // handling of system tasks

  // synopsys translate_off
  always@(negedge CLK)
  begin
    #0;
    if (RST_N != `BSV_RESET_VALUE)
      if (EN_mav_check_sb_hit)
	begin
	  TASK_testplusargs___d99 = $test$plusargs("fullverbose");
	  #0;
	end
    if (RST_N != `BSV_RESET_VALUE)
      if (EN_mav_check_sb_hit)
	begin
	  TASK_testplusargs___d100 = $test$plusargs("mdcache");
	  #0;
	end
    if (RST_N != `BSV_RESET_VALUE)
      if (EN_mav_check_sb_hit)
	begin
	  TASK_testplusargs___d101 = $test$plusargs("l0");
	  #0;
	end
    TASK_testplusargs_9_OR_TASK_testplusargs_00_AN_ETC___d105 =
	(TASK_testplusargs___d99 ||
	 TASK_testplusargs___d100 && TASK_testplusargs___d101) &&
	v_sb_meta_0[2];
    TASK_testplusargs_9_OR_TASK_testplusargs_00_AN_ETC___d107 =
	(TASK_testplusargs___d99 ||
	 TASK_testplusargs___d100 && TASK_testplusargs___d101) &&
	!v_sb_meta_0[2];
    if (RST_N != `BSV_RESET_VALUE)
      if (EN_mav_check_sb_hit)
	begin
	  v__h2288 = $time;
	  #0;
	end
    if (RST_N != `BSV_RESET_VALUE)
      if (EN_mav_check_sb_hit &&
	  (TASK_testplusargs___d99 ||
	   TASK_testplusargs___d100 && TASK_testplusargs___d101))
	$write("[%10d", v__h2288, "] ");
    if (RST_N != `BSV_RESET_VALUE)
      if (EN_mav_check_sb_hit &&
	  (TASK_testplusargs___d99 ||
	   TASK_testplusargs___d100 && TASK_testplusargs___d101))
	$write("[%2d]SB: Lookup:", id);
    if (RST_N != `BSV_RESET_VALUE)
      if (EN_mav_check_sb_hit &&
	  (TASK_testplusargs___d99 ||
	   TASK_testplusargs___d100 && TASK_testplusargs___d101))
	$write("Storebuffer { ", "addr: ");
    if (RST_N != `BSV_RESET_VALUE)
      if (EN_mav_check_sb_hit &&
	  (TASK_testplusargs___d99 ||
	   TASK_testplusargs___d100 && TASK_testplusargs___d101))
	$write("'h%h", v_sb_meta_0[166:135]);
    if (RST_N != `BSV_RESET_VALUE)
      if (EN_mav_check_sb_hit &&
	  (TASK_testplusargs___d99 ||
	   TASK_testplusargs___d100 && TASK_testplusargs___d101))
	$write(", ", "data: ");
    if (RST_N != `BSV_RESET_VALUE)
      if (EN_mav_check_sb_hit &&
	  (TASK_testplusargs___d99 ||
	   TASK_testplusargs___d100 && TASK_testplusargs___d101))
	$write("'h%h", v_sb_meta_0[134:71]);
    if (RST_N != `BSV_RESET_VALUE)
      if (EN_mav_check_sb_hit &&
	  (TASK_testplusargs___d99 ||
	   TASK_testplusargs___d100 && TASK_testplusargs___d101))
	$write(", ", "epoch: ");
    if (RST_N != `BSV_RESET_VALUE)
      if (EN_mav_check_sb_hit &&
	  (TASK_testplusargs___d99 ||
	   TASK_testplusargs___d100 && TASK_testplusargs___d101))
	$write("'h%h", v_sb_meta_0[70]);
    if (RST_N != `BSV_RESET_VALUE)
      if (EN_mav_check_sb_hit &&
	  (TASK_testplusargs___d99 ||
	   TASK_testplusargs___d100 && TASK_testplusargs___d101))
	$write(", ", "fbindex: ");
    if (RST_N != `BSV_RESET_VALUE)
      if (EN_mav_check_sb_hit &&
	  (TASK_testplusargs___d99 ||
	   TASK_testplusargs___d100 && TASK_testplusargs___d101))
	$write("'h%h", v_sb_meta_0[69:67]);
    if (RST_N != `BSV_RESET_VALUE)
      if (EN_mav_check_sb_hit &&
	  (TASK_testplusargs___d99 ||
	   TASK_testplusargs___d100 && TASK_testplusargs___d101))
	$write(", ", "mask: ");
    if (RST_N != `BSV_RESET_VALUE)
      if (EN_mav_check_sb_hit &&
	  (TASK_testplusargs___d99 ||
	   TASK_testplusargs___d100 && TASK_testplusargs___d101))
	$write("'h%h", v_sb_meta_0[66:3]);
    if (RST_N != `BSV_RESET_VALUE)
      if (EN_mav_check_sb_hit &&
	  (TASK_testplusargs___d99 ||
	   TASK_testplusargs___d100 && TASK_testplusargs___d101))
	$write(", ", "io: ");
    if (RST_N != `BSV_RESET_VALUE)
      if (EN_mav_check_sb_hit &&
	  TASK_testplusargs_9_OR_TASK_testplusargs_00_AN_ETC___d105)
	$write("True");
    if (RST_N != `BSV_RESET_VALUE)
      if (EN_mav_check_sb_hit &&
	  TASK_testplusargs_9_OR_TASK_testplusargs_00_AN_ETC___d107)
	$write("False");
    if (RST_N != `BSV_RESET_VALUE)
      if (EN_mav_check_sb_hit &&
	  (TASK_testplusargs___d99 ||
	   TASK_testplusargs___d100 && TASK_testplusargs___d101))
	$write(", ", "size: ");
    if (RST_N != `BSV_RESET_VALUE)
      if (EN_mav_check_sb_hit &&
	  (TASK_testplusargs___d99 ||
	   TASK_testplusargs___d100 && TASK_testplusargs___d101))
	$write("'h%h", v_sb_meta_0[1:0], " }");
    if (RST_N != `BSV_RESET_VALUE)
      if (EN_mav_check_sb_hit &&
	  (TASK_testplusargs___d99 ||
	   TASK_testplusargs___d100 && TASK_testplusargs___d101))
	$write("\n");
    if (RST_N != `BSV_RESET_VALUE)
      if (EN_mav_check_sb_hit)
	begin
	  TASK_testplusargs___d108 = $test$plusargs("fullverbose");
	  #0;
	end
    if (RST_N != `BSV_RESET_VALUE)
      if (EN_mav_check_sb_hit)
	begin
	  TASK_testplusargs___d109 = $test$plusargs("mdcache");
	  #0;
	end
    if (RST_N != `BSV_RESET_VALUE)
      if (EN_mav_check_sb_hit)
	begin
	  TASK_testplusargs___d110 = $test$plusargs("l0");
	  #0;
	end
    TASK_testplusargs_08_OR_TASK_testplusargs_09_A_ETC___d114 =
	(TASK_testplusargs___d108 ||
	 TASK_testplusargs___d109 && TASK_testplusargs___d110) &&
	v_sb_meta_1[2];
    TASK_testplusargs_08_OR_TASK_testplusargs_09_A_ETC___d116 =
	(TASK_testplusargs___d108 ||
	 TASK_testplusargs___d109 && TASK_testplusargs___d110) &&
	!v_sb_meta_1[2];
    if (RST_N != `BSV_RESET_VALUE)
      if (EN_mav_check_sb_hit)
	begin
	  v__h2477 = $time;
	  #0;
	end
    if (RST_N != `BSV_RESET_VALUE)
      if (EN_mav_check_sb_hit &&
	  (TASK_testplusargs___d108 ||
	   TASK_testplusargs___d109 && TASK_testplusargs___d110))
	$write("[%10d", v__h2477, "] ");
    if (RST_N != `BSV_RESET_VALUE)
      if (EN_mav_check_sb_hit &&
	  (TASK_testplusargs___d108 ||
	   TASK_testplusargs___d109 && TASK_testplusargs___d110))
	$write("[%2d]SB: Lookup:", id);
    if (RST_N != `BSV_RESET_VALUE)
      if (EN_mav_check_sb_hit &&
	  (TASK_testplusargs___d108 ||
	   TASK_testplusargs___d109 && TASK_testplusargs___d110))
	$write("Storebuffer { ", "addr: ");
    if (RST_N != `BSV_RESET_VALUE)
      if (EN_mav_check_sb_hit &&
	  (TASK_testplusargs___d108 ||
	   TASK_testplusargs___d109 && TASK_testplusargs___d110))
	$write("'h%h", v_sb_meta_1[166:135]);
    if (RST_N != `BSV_RESET_VALUE)
      if (EN_mav_check_sb_hit &&
	  (TASK_testplusargs___d108 ||
	   TASK_testplusargs___d109 && TASK_testplusargs___d110))
	$write(", ", "data: ");
    if (RST_N != `BSV_RESET_VALUE)
      if (EN_mav_check_sb_hit &&
	  (TASK_testplusargs___d108 ||
	   TASK_testplusargs___d109 && TASK_testplusargs___d110))
	$write("'h%h", v_sb_meta_1[134:71]);
    if (RST_N != `BSV_RESET_VALUE)
      if (EN_mav_check_sb_hit &&
	  (TASK_testplusargs___d108 ||
	   TASK_testplusargs___d109 && TASK_testplusargs___d110))
	$write(", ", "epoch: ");
    if (RST_N != `BSV_RESET_VALUE)
      if (EN_mav_check_sb_hit &&
	  (TASK_testplusargs___d108 ||
	   TASK_testplusargs___d109 && TASK_testplusargs___d110))
	$write("'h%h", v_sb_meta_1[70]);
    if (RST_N != `BSV_RESET_VALUE)
      if (EN_mav_check_sb_hit &&
	  (TASK_testplusargs___d108 ||
	   TASK_testplusargs___d109 && TASK_testplusargs___d110))
	$write(", ", "fbindex: ");
    if (RST_N != `BSV_RESET_VALUE)
      if (EN_mav_check_sb_hit &&
	  (TASK_testplusargs___d108 ||
	   TASK_testplusargs___d109 && TASK_testplusargs___d110))
	$write("'h%h", v_sb_meta_1[69:67]);
    if (RST_N != `BSV_RESET_VALUE)
      if (EN_mav_check_sb_hit &&
	  (TASK_testplusargs___d108 ||
	   TASK_testplusargs___d109 && TASK_testplusargs___d110))
	$write(", ", "mask: ");
    if (RST_N != `BSV_RESET_VALUE)
      if (EN_mav_check_sb_hit &&
	  (TASK_testplusargs___d108 ||
	   TASK_testplusargs___d109 && TASK_testplusargs___d110))
	$write("'h%h", v_sb_meta_1[66:3]);
    if (RST_N != `BSV_RESET_VALUE)
      if (EN_mav_check_sb_hit &&
	  (TASK_testplusargs___d108 ||
	   TASK_testplusargs___d109 && TASK_testplusargs___d110))
	$write(", ", "io: ");
    if (RST_N != `BSV_RESET_VALUE)
      if (EN_mav_check_sb_hit &&
	  TASK_testplusargs_08_OR_TASK_testplusargs_09_A_ETC___d114)
	$write("True");
    if (RST_N != `BSV_RESET_VALUE)
      if (EN_mav_check_sb_hit &&
	  TASK_testplusargs_08_OR_TASK_testplusargs_09_A_ETC___d116)
	$write("False");
    if (RST_N != `BSV_RESET_VALUE)
      if (EN_mav_check_sb_hit &&
	  (TASK_testplusargs___d108 ||
	   TASK_testplusargs___d109 && TASK_testplusargs___d110))
	$write(", ", "size: ");
    if (RST_N != `BSV_RESET_VALUE)
      if (EN_mav_check_sb_hit &&
	  (TASK_testplusargs___d108 ||
	   TASK_testplusargs___d109 && TASK_testplusargs___d110))
	$write("'h%h", v_sb_meta_1[1:0], " }");
    if (RST_N != `BSV_RESET_VALUE)
      if (EN_mav_check_sb_hit &&
	  (TASK_testplusargs___d108 ||
	   TASK_testplusargs___d109 && TASK_testplusargs___d110))
	$write("\n");
    if (RST_N != `BSV_RESET_VALUE)
      begin
        TASK_testplusargs___d1 = $test$plusargs("fullverbose");
	#0;
      end
    if (RST_N != `BSV_RESET_VALUE)
      begin
        TASK_testplusargs___d2 = $test$plusargs("mdcache");
	#0;
      end
    if (RST_N != `BSV_RESET_VALUE)
      begin
        TASK_testplusargs___d3 = $test$plusargs("l3");
	#0;
      end
    if (RST_N != `BSV_RESET_VALUE)
      begin
        v__h591 = $time;
	#0;
      end
    if (RST_N != `BSV_RESET_VALUE)
      if (TASK_testplusargs___d1 ||
	  TASK_testplusargs___d2 && TASK_testplusargs___d3)
	$write("[%10d", v__h591, "] ");
    if (RST_N != `BSV_RESET_VALUE)
      if (TASK_testplusargs___d1 ||
	  TASK_testplusargs___d2 && TASK_testplusargs___d3)
	$write("[%2d]DCACHE: sb_full:%b sb_empty:%b sbhead:%d sbtail:%d",
	       id,
	       v_sb_valid_0 && v_sb_valid_1,
	       !v_sb_valid_0 && !v_sb_valid_1,
	       rg_head,
	       rg_tail);
    if (RST_N != `BSV_RESET_VALUE)
      if (TASK_testplusargs___d1 ||
	  TASK_testplusargs___d2 && TASK_testplusargs___d3)
	$write("\n");
    if (RST_N != `BSV_RESET_VALUE)
      if (EN_mav_store_to_commit)
	begin
	  TASK_testplusargs___d246 = $test$plusargs("fullverbose");
	  #0;
	end
    if (RST_N != `BSV_RESET_VALUE)
      if (EN_mav_store_to_commit)
	begin
	  TASK_testplusargs___d247 = $test$plusargs("mdcache");
	  #0;
	end
    if (RST_N != `BSV_RESET_VALUE)
      if (EN_mav_store_to_commit)
	begin
	  TASK_testplusargs___d248 = $test$plusargs("l0");
	  #0;
	end
    TASK_testplusargs_46_OR_TASK_testplusargs_47_A_ETC___d254 =
	(TASK_testplusargs___d246 ||
	 TASK_testplusargs___d247 && TASK_testplusargs___d248) &&
	SEL_ARR_NOT_v_sb_meta_0_8_BIT_2_1_06_NOT_v_sb__ETC___d253;
    TASK_testplusargs_46_OR_TASK_testplusargs_47_A_ETC___d262 =
	(TASK_testplusargs___d246 ||
	 TASK_testplusargs___d247 && TASK_testplusargs___d248) &&
	!SEL_ARR_NOT_v_sb_meta_0_8_BIT_2_1_06_NOT_v_sb__ETC___d253;
    if (RST_N != `BSV_RESET_VALUE)
      if (EN_mav_store_to_commit)
	begin
	  v__h21249 = $time;
	  #0;
	end
    if (RST_N != `BSV_RESET_VALUE)
      if (EN_mav_store_to_commit &&
	  (TASK_testplusargs___d246 ||
	   TASK_testplusargs___d247 && TASK_testplusargs___d248))
	$write("[%10d", v__h21249, "] ");
    if (RST_N != `BSV_RESET_VALUE)
      if (EN_mav_store_to_commit &&
	  TASK_testplusargs_46_OR_TASK_testplusargs_47_A_ETC___d254)
	$write("[%2d]SB: Committing store sbindex:%d with ",
	       id,
	       rg_head,
	       "Storebuffer { ",
	       "addr: ",
	       "'h%h",
	       SEL_ARR_v_sb_meta_0_8_BITS_166_TO_135_9_v_sb_m_ETC___d255,
	       ", ",
	       "data: ",
	       "'h%h",
	       x__h21391,
	       ", ",
	       "epoch: ",
	       "'h%h",
	       SEL_ARR_v_sb_meta_0_8_BIT_70_9_v_sb_meta_1_0_B_ETC___d257,
	       ", ",
	       "fbindex: ",
	       "'h%h",
	       SEL_ARR_v_sb_meta_0_8_BITS_69_TO_67_3_v_sb_met_ETC___d258,
	       ", ",
	       "mask: ",
	       "'h%h",
	       x__h21394,
	       ", ",
	       "io: ",
	       "False",
	       ", ",
	       "size: ",
	       "'h%h",
	       SEL_ARR_v_sb_meta_0_8_BITS_1_TO_0_5_v_sb_meta__ETC___d260,
	       " }");
    if (RST_N != `BSV_RESET_VALUE)
      if (EN_mav_store_to_commit &&
	  TASK_testplusargs_46_OR_TASK_testplusargs_47_A_ETC___d262)
	$write("[%2d]SB: Committing store sbindex:%d with ",
	       id,
	       rg_head,
	       "Storebuffer { ",
	       "addr: ",
	       "'h%h",
	       SEL_ARR_v_sb_meta_0_8_BITS_166_TO_135_9_v_sb_m_ETC___d255,
	       ", ",
	       "data: ",
	       "'h%h",
	       x__h21391,
	       ", ",
	       "epoch: ",
	       "'h%h",
	       SEL_ARR_v_sb_meta_0_8_BIT_70_9_v_sb_meta_1_0_B_ETC___d257,
	       ", ",
	       "fbindex: ",
	       "'h%h",
	       SEL_ARR_v_sb_meta_0_8_BITS_69_TO_67_3_v_sb_met_ETC___d258,
	       ", ",
	       "mask: ",
	       "'h%h",
	       x__h21394,
	       ", ",
	       "io: ",
	       "True",
	       ", ",
	       "size: ",
	       "'h%h",
	       SEL_ARR_v_sb_meta_0_8_BITS_1_TO_0_5_v_sb_meta__ETC___d260,
	       " }");
    if (RST_N != `BSV_RESET_VALUE)
      if (EN_mav_store_to_commit &&
	  (TASK_testplusargs___d246 ||
	   TASK_testplusargs___d247 && TASK_testplusargs___d248))
	$write("\n");
    if (RST_N != `BSV_RESET_VALUE)
      if (EN_ma_allocate_entry)
	begin
	  TASK_testplusargs___d232 = $test$plusargs("fullverbose");
	  #0;
	end
    if (RST_N != `BSV_RESET_VALUE)
      if (EN_ma_allocate_entry)
	begin
	  TASK_testplusargs___d233 = $test$plusargs("mdcache");
	  #0;
	end
    if (RST_N != `BSV_RESET_VALUE)
      if (EN_ma_allocate_entry)
	begin
	  TASK_testplusargs___d234 = $test$plusargs("l0");
	  #0;
	end
    TASK_testplusargs_32_OR_TASK_testplusargs_33_A_ETC___d238 =
	(TASK_testplusargs___d232 ||
	 TASK_testplusargs___d233 && TASK_testplusargs___d234) &&
	ma_allocate_entry_io;
    TASK_testplusargs_32_OR_TASK_testplusargs_33_A_ETC___d240 =
	(TASK_testplusargs___d232 ||
	 TASK_testplusargs___d233 && TASK_testplusargs___d234) &&
	!ma_allocate_entry_io;
    if (RST_N != `BSV_RESET_VALUE)
      if (EN_ma_allocate_entry)
	begin
	  v__h20870 = $time;
	  #0;
	end
    if (RST_N != `BSV_RESET_VALUE)
      if (EN_ma_allocate_entry &&
	  (TASK_testplusargs___d232 ||
	   TASK_testplusargs___d233 && TASK_testplusargs___d234))
	$write("[%10d", v__h20870, "] ");
    if (RST_N != `BSV_RESET_VALUE)
      if (EN_ma_allocate_entry &&
	  TASK_testplusargs_32_OR_TASK_testplusargs_33_A_ETC___d238)
	$write("[%2d]SB: Allocating sbindex:%d with ",
	       id,
	       rg_tail,
	       "Storebuffer { ",
	       "addr: ",
	       "'h%h",
	       ma_allocate_entry_address,
	       ", ",
	       "data: ",
	       "'h%h",
	       x__h20760,
	       ", ",
	       "epoch: ",
	       "'h%h",
	       ma_allocate_entry_epochs,
	       ", ",
	       "fbindex: ",
	       "'h%h",
	       ma_allocate_entry_fbindex,
	       ", ",
	       "mask: ",
	       "'h%h",
	       x__h20686,
	       ", ",
	       "io: ",
	       "True",
	       ", ",
	       "size: ",
	       "'h%h",
	       ma_allocate_entry_size,
	       " }");
    if (RST_N != `BSV_RESET_VALUE)
      if (EN_ma_allocate_entry &&
	  TASK_testplusargs_32_OR_TASK_testplusargs_33_A_ETC___d240)
	$write("[%2d]SB: Allocating sbindex:%d with ",
	       id,
	       rg_tail,
	       "Storebuffer { ",
	       "addr: ",
	       "'h%h",
	       ma_allocate_entry_address,
	       ", ",
	       "data: ",
	       "'h%h",
	       x__h20760,
	       ", ",
	       "epoch: ",
	       "'h%h",
	       ma_allocate_entry_epochs,
	       ", ",
	       "fbindex: ",
	       "'h%h",
	       ma_allocate_entry_fbindex,
	       ", ",
	       "mask: ",
	       "'h%h",
	       x__h20686,
	       ", ",
	       "io: ",
	       "False",
	       ", ",
	       "size: ",
	       "'h%h",
	       ma_allocate_entry_size,
	       " }");
    if (RST_N != `BSV_RESET_VALUE)
      if (EN_ma_allocate_entry &&
	  (TASK_testplusargs___d232 ||
	   TASK_testplusargs___d233 && TASK_testplusargs___d234))
	$write("\n");
    if (RST_N != `BSV_RESET_VALUE)
      if (rg_sb_busy)
	begin
	  TASK_testplusargs___d93 = $test$plusargs("fullverbose");
	  #0;
	end
    if (RST_N != `BSV_RESET_VALUE)
      if (rg_sb_busy)
	begin
	  TASK_testplusargs___d94 = $test$plusargs("mdcache");
	  #0;
	end
    if (RST_N != `BSV_RESET_VALUE)
      if (rg_sb_busy)
	begin
	  TASK_testplusargs___d95 = $test$plusargs("l0");
	  #0;
	end
    if (RST_N != `BSV_RESET_VALUE)
      if (rg_sb_busy)
	begin
	  v__h2115 = $time;
	  #0;
	end
    if (RST_N != `BSV_RESET_VALUE)
      if (rg_sb_busy &&
	  (TASK_testplusargs___d93 ||
	   TASK_testplusargs___d94 && TASK_testplusargs___d95))
	$write("[%10d", v__h2115, "] ");
    if (RST_N != `BSV_RESET_VALUE)
      if (rg_sb_busy &&
	  (TASK_testplusargs___d93 ||
	   TASK_testplusargs___d94 && TASK_testplusargs___d95))
	$write("[%2d]SB: Performing Atomic: Op:%b Wdata:%h Rdata:%h Result:%h",
	       id,
	       rg_atomic_op,
	       _theResult____h1094,
	       rg_atomic_readword,
	       _theResult____h1094);
    if (RST_N != `BSV_RESET_VALUE)
      if (rg_sb_busy &&
	  (TASK_testplusargs___d93 ||
	   TASK_testplusargs___d94 && TASK_testplusargs___d95))
	$write("\n");
  end
  // synopsys translate_on
endmodule  // mkstorebuffer